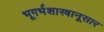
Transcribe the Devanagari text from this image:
भूगर्भशास्त्रानूसार